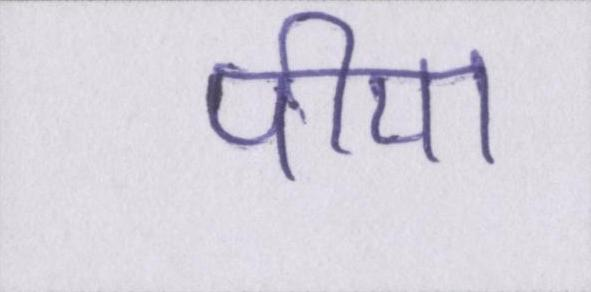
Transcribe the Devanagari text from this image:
पीया